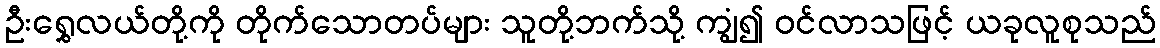
ဦးရွှေလယ်တို့ကို တိုက်သောတပ်များ သူတို့ဘက်သို့ ကျွံ၍ ဝင်လာသဖြင့် ယခုလူစုသည်